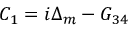
{ C _ { 1 } } = i { \Delta _ { m } } - { G _ { 3 4 } }